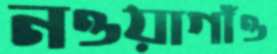
নওয়াগাঁও